Senior Leaving Certificate Examination (including Day School Certificate (Higher) General paper), 1946
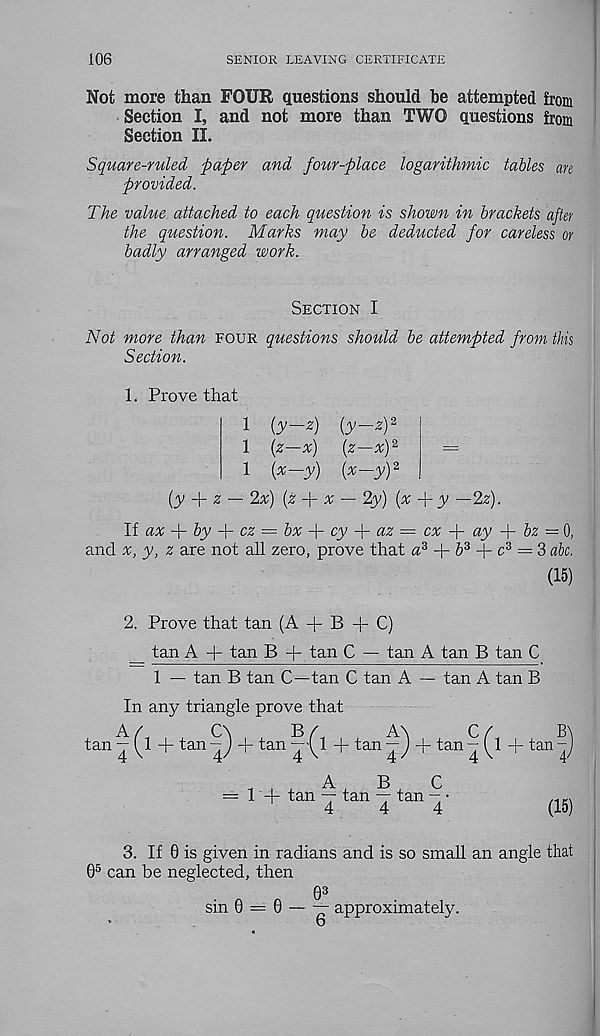
106
SENIOR LEAVING CERTIFICATE
Not more than FOUR questions should be attempted from
Section I, and not more than TWO questions from
Section II.
Square-ruled paper and four-place logarithmic tables are
provided.
The value attached to each question is shown in brackets after
the question. Marks may be deducted for careless or
badly arranged work.
Section I
Not more than four questions should be attempted from this
Section.
1. Prove that
1 {y-z) {y-zy
i (z—x)
[z—xy
=
1 {x—y) {x—y) 2
[y
z — 2x) (z
x — 2y) (x
y —2z).
If ax -\- by -{- cz = bx -\- cy -\- az = cx -\- ay
bz = 0,
and a;, y, z are not all zero, prove that a 3 + & 3 + c 3 = 3 ah.
(15)
2. Prove that tan (A + B + C)
_ tan A + tan B + tan C — tan A tan B tan C
1 — tan B tan C—tan C tan A — tan A tan B
In any triangle prove that
tan 10+ tan 5+ tan rO+ tan i)+ tan 10+ tan 4,
B
4
4'
ABC
= 14- tan — tan — tan - •
4
4
4
B
4'
(15)
3. If 0 is given in radians and is so small an angle that
0 5 can be neglected, then
03
sin 0 = 0 — — approximately.